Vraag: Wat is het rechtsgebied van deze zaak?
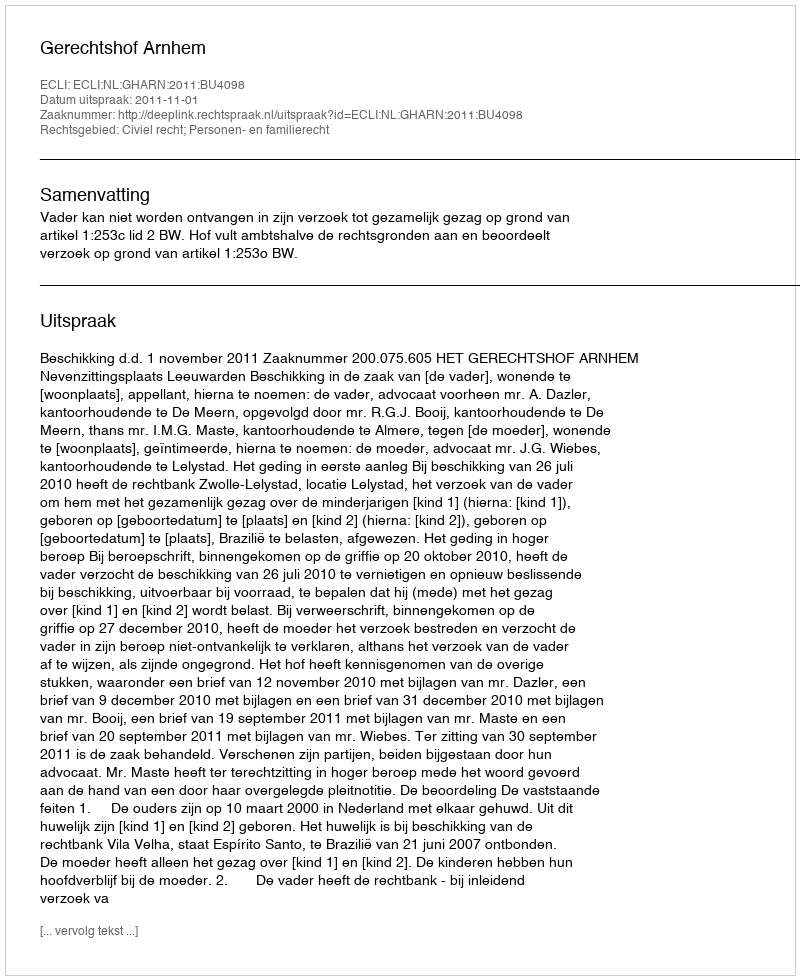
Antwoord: Civiel recht; Personen- en familierecht